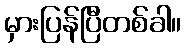
မှားပြန်ပြီတစ်ခါ။